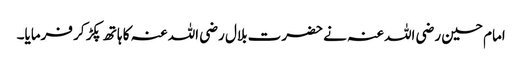
امام حسین رضی اللہ عنہ نے حضرت بلال رضی اللہ عنہ کا ہاتھ پکڑ کر فرمایا۔